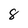
Character: 8